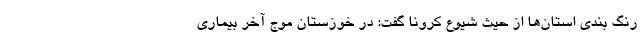
رنگ بندی استان‌ها از حیث شیوع کرونا گفت: در خوزستان موج آخر بیماری